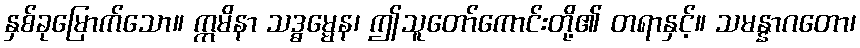
နှစ်ခုမြောက်သော။ ဣမိနာ သဒ္ဓမ္မေန၊ ဤသူတော်ကောင်းတို့၏ တရာနှင့်။ သမန္နာဂတော၊